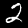
Label: 2